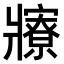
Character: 𤖡